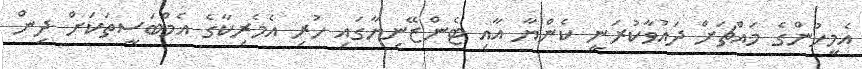
އެމީހުންގެ މައްޗަށް ދައުވާކުރަނީ ކެންޔާ އާއި ޓެންޒޭނިޔާގައި ހުރި އެމެރިކާގެ އެމްބަސީތަކަށް ދިން